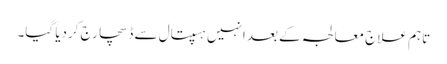
تاہم علاج معالجہ کے بعد انہیں ہسپتال سے ڈسچارج کردیا گیا۔